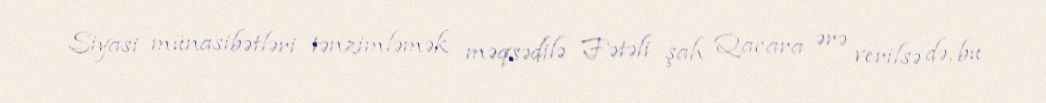
Siyasi münasibətləri tənzimləmək məqsədilə Fətəli şah Qacara ərə verilsə də, bu